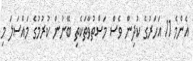
އެންމެ 11 އަހަރުގެ ކުދިން ވެސް މަސްތުވާތަކެތި ބޭނުން ކުރުމުގެ މައްސަލަ މި